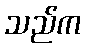
သည်က